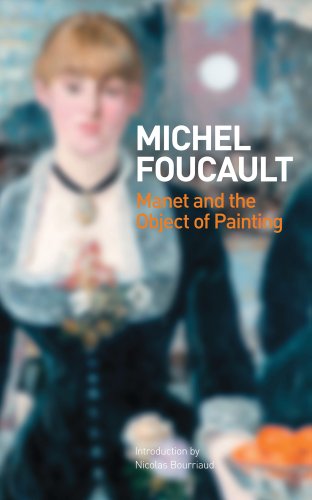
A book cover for Manet and the Object of Painting; Michel Foucault; Arts & Photography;